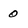
Character: 0